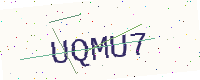
Text: UQMU7